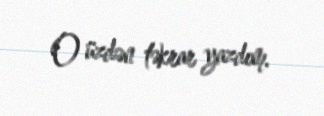
O üzdən təkrar yazdım.